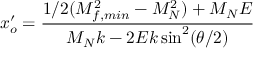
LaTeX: x _ { o } ^ { \prime } = \frac { 1 / 2 ( M _ { f , m i n } ^ { 2 } - M _ { N } ^ { 2 } ) + M _ { N } E } { M _ { N } k - 2 E k \sin ^ { 2 } ( \theta / 2 ) }